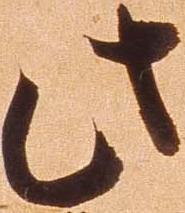
此